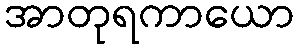
အာတုရကာယော